system: You are a helpful assistant.
user:
Analyze the provided spectrum to determine if it is a **White Dwarf (WD)**.

A White Dwarf spectrum is defined by its **extreme purity** (due to gravitational settling) and/or **extreme pressure broadening** (due to high surface gravity). You must check for one of the following mutually exclusive signatures:

- **Key Visual Indicators (Check for ONE of these types):**

    - **1. DA-Type Signature (Most Common):**
        - **(Primary Feature):** Extreme pressure broadening (Stark broadening) of the **Hydrogen (H) Balmer lines**.
        - **(Key Lines):** $H\beta$ (approx. $4861$ Å) and $H\gamma$ (approx. $4340$ Å). $H\alpha$ (approx. $6563$ Å) will also be present if the wavelength range covers it.
        - **(Line Profile):** This is the **defining feature**. The lines are **NOT** sharp. They appear as massive, **extremely broad and deep "troughs" or "dips"** in the spectrum, often hundreds of Ångströms wide. The continuum will appear to "scoop" down at these wavelengths.
        - **(Distinction):** Normal A-type or B-type stars have *narrow* and *sharp* Hydrogen lines. A DA White Dwarf's lines are unmistakably "smeared" or "blurry" from pressure.

    - **2. DB-Type Signature:**
        - **(Primary Feature):** Broad absorption lines from **Neutral Helium (He I)**. The spectrum must lack any visible Hydrogen lines.
        - **(Key Lines):** Look for broad absorption near $4471$ Å, $4921$ Å, and $5876$ Å.
        - **(Line Profile):** These lines are also significantly pressure-broadened, appearing much wider than they would in a normal B-type main-sequence star.

    - **3. DC-Type Signature:**
        - **(Primary Feature):** A **featureless continuous spectrum**.
        - **(Line Profile):** The spectrum is a smooth curve with **no significant absorption or emission lines**.
        - **(Key Confirmation):** The continuum is almost always **blue or white**, indicating a hot object. This signature implies the atmosphere is so pure (or so cool) that no spectral lines are visible in the optical range. Its WD identity is confirmed by its extremely low intrinsic brightness (high absolute magnitude).

    - **4. DZ-Type Signature (Metal-Polluted):**
        - **(Primary Feature):** **Isolated, narrow metal absorption lines** on an otherwise featureless (DC-like) continuum.
        - **(Key Lines):** The **Calcium (Ca II) H & K doublet** (approx. **$3934$ Å** and **$3968$ Å**) is the most common and defining feature.
        - **(Line Profile):** These lines are "out of place." They are *not* part of a "forest" of thousands of lines. This signature is evidence of recent *accretion* (pollution) from rocky debris.
        - **(Distinction):** Normal G/K/M stars have a *dense forest* of thousands of metal lines. A DZ has a *clean* continuum with *only a few* strong metal lines.

    - **5. DQ-Type Signature (Carbon-Polluted):**
        - **(Primary Feature):** Absorption bands from **Carbon (C₂ "Swan Bands" or atomic C I)**.
        - **(Key Lines - C₂):** Look for bandheads with a "saw-tooth" shape near $5635$ Å, **$5165$ Å** (strongest), and $4737$ Å.
        - **(Key Confirmation):** The underlying **continuum must be blue or white** (hot).
        - **(Distinction):** This is the critical difference from a **Carbon Star**, which has the *exact same* C₂ bands but on an extremely **red, cool** continuum.

- **(Overall Spectrum):**
    - The continuum (overall shape) is typically **blue-sloping** (brighter in the blue than the red), as most white dwarfs are very hot.
    - The spectrum will look "pure" or "simple," dominated by only *one* of the five signatures listed above.

Think first, call **spectral_visualization_tool** if needed to examine features in detail, then provide your final answer. Your response must adhere to the following strict rules:
1.  **Overall Structure:** Your response must follow the format `<think>...</think> <tool_call>...</tool_call> (if a tool is used) <answer>...</answer>`.
2.  **Tool Usage Constraint:** You may only make **one** tool call per turn.
3.  **Final Answer Format:** In the `<answer>` tag, your conclusion must be inside a `\boxed{}` command (e.g., `\boxed{YES}` or `\boxed{NO}`), followed by your justification.

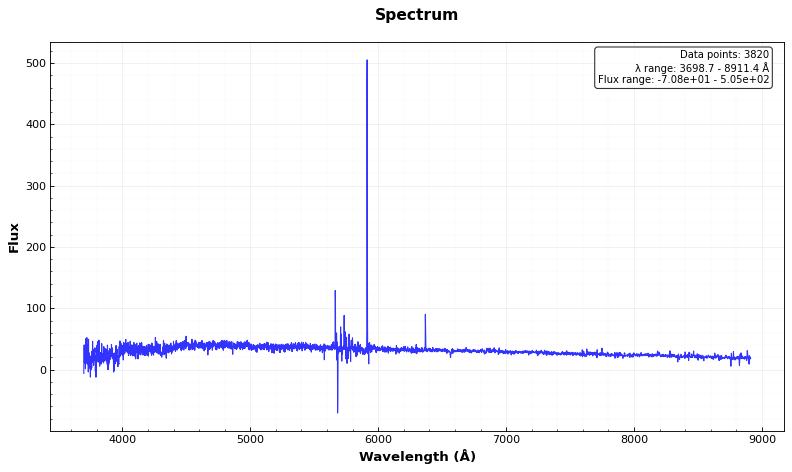
Answer: NO